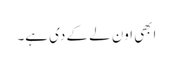
ابھی اون لے کے دی ہے۔